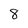
Character: 8